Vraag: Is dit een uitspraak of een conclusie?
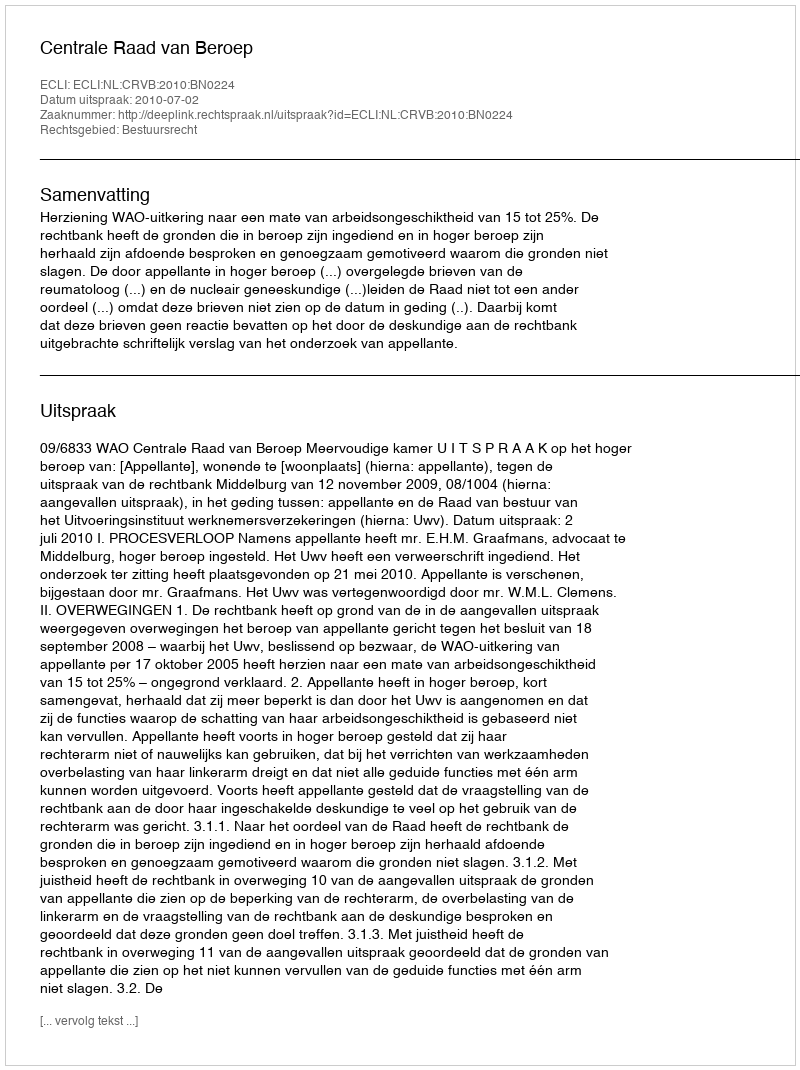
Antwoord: Uitspraak